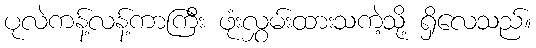
ပုလဲကန့်လန့်ကာကြီး ဖုံးလွှမ်းထားသကဲ့သို့ ရှိလေသည်။